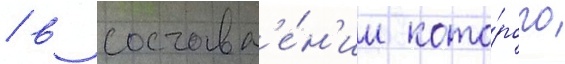
/ в составл'е́н'ии кото́рого